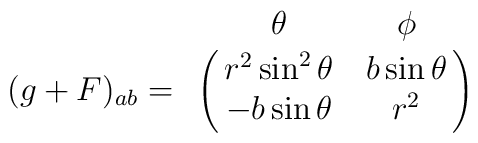
(g+F)_{ab}= \bordermatrix{ &\theta & \phi \cr &r^2 \sin ^2 \theta& b \sin \theta  \cr & - b \sin \theta & r^2 } \nonumber